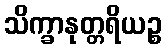
သိက္ခာနုတ္တရိယဉ္စ